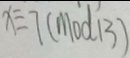
x \equiv 7 ( m o d 1 3 )